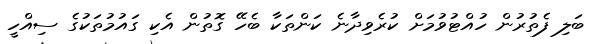
ބަލި ފެތުރުން ހުއްޓުވުމަށް ކުރެވިދާނެ ކަންތަކާ ބެހޭ ގޮތުން އެކި ގައުމުތަކުގެ ސިއްހީ